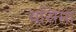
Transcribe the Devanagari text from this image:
बसिमा